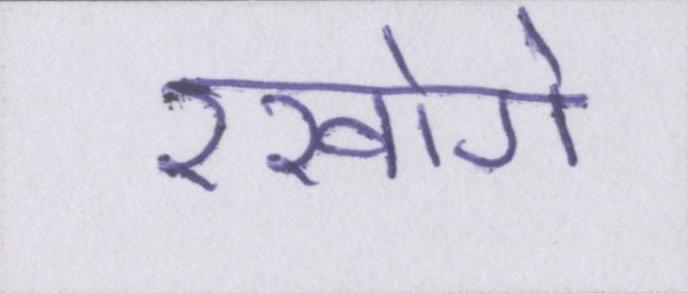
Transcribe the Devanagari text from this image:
रखोगे